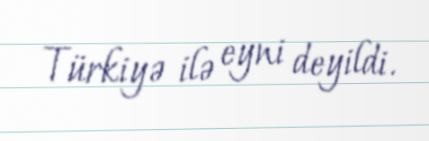
Türkiyə ilə eyni deyildi.